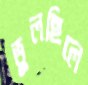
ভুলছিলে